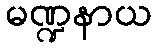
မဏ္ဍနာယ